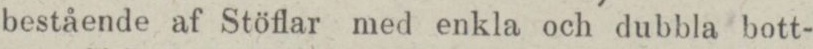
bestående af Stöflar med enkla och dubbla bott-